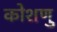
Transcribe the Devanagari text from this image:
कोशणु